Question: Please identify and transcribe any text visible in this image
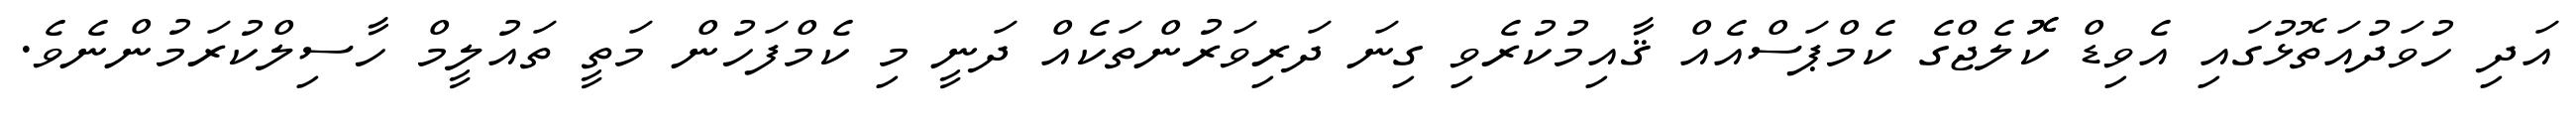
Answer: އަދި ހުވަދުއަތޮޅުގައި އެވިޑް ކޮޮލެޖްގެ ކެމްޕަސްއެއް ޤާއިމުކުރެވި ގިނަ ދަރިވަރުންތަކެއް ދަނީ މި ކެމްފަހުން މަތީ ތައުލީމް ހާސިލްކުރަމުންނެވެ.